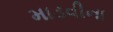
માડવીના